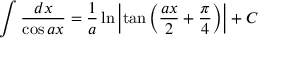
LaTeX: \int { \frac { d x } { \cos a x } } = { \frac { 1 } { a } } \ln \left| \tan \left( { \frac { a x } { 2 } } + { \frac { \pi } { 4 } } \right) \right| + C